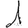
Digit: 1